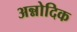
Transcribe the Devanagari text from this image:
अन्नोदिक